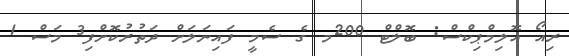
ރިއޯ އޮލިމްޕިކްސް: ބޮލްޓް 200މ ގެ ސެމީ ފައިނަލަށް ދަތުރުކޮށްފި3 މަސް 1